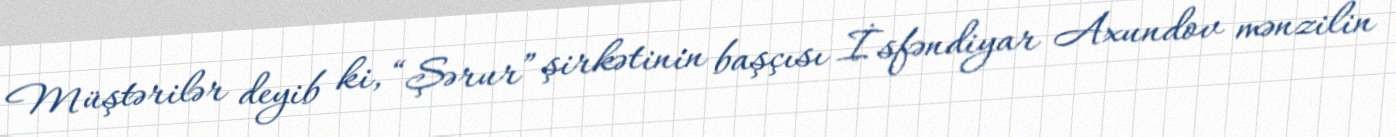
Müştərilər deyib ki, “Şərur” şirkətinin başçısı İsfəndiyar Axundov mənzilin